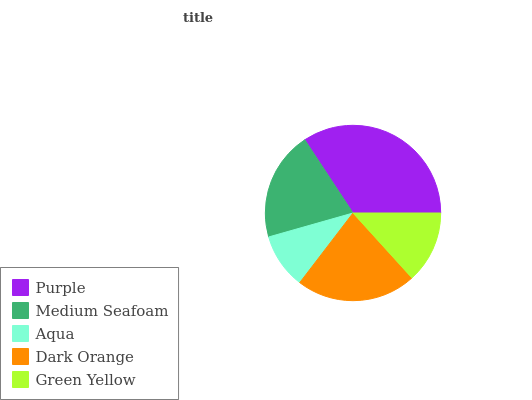
| Purple | Medium Seafoam | Aqua | Dark Orange | Green Yellow |
 | --- | --- | --- | --- | --- |
 | 34.3% | 20.1% | 10.2% | 22.2% | 13.3% |